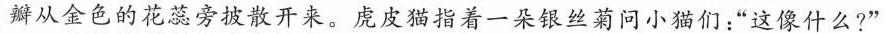
瓣从金色的花蕊旁披散开来。虎皮猫指着一朵银丝菊问小猫们：”这像什么?”